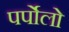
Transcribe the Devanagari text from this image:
पर्पोलो